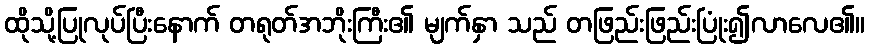
ထိုသို့ပြုလုပ်ပြီးနောက် တရုတ်အဘိုးကြီး၏ မျက်နှာ သည် တဖြည်းဖြည်းပြုံး၍လာလေ၏။